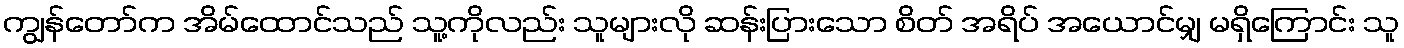
ကျွန်တော်က အိမ်ထောင်သည် သူ့ကိုလည်း သူများလို ဆန်းပြားသော စိတ် အရိပ် အယောင်မျှ မရှိကြောင်း သူ